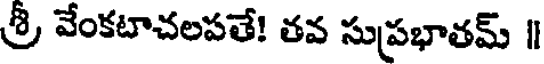
శ్రీ వేంకటాచలపతే! తవ సుప్రభాతమ్ |